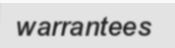
warrantees